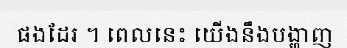
ផងដែរ ។ ពេលនេះ យើងនឹងបង្ហាញ